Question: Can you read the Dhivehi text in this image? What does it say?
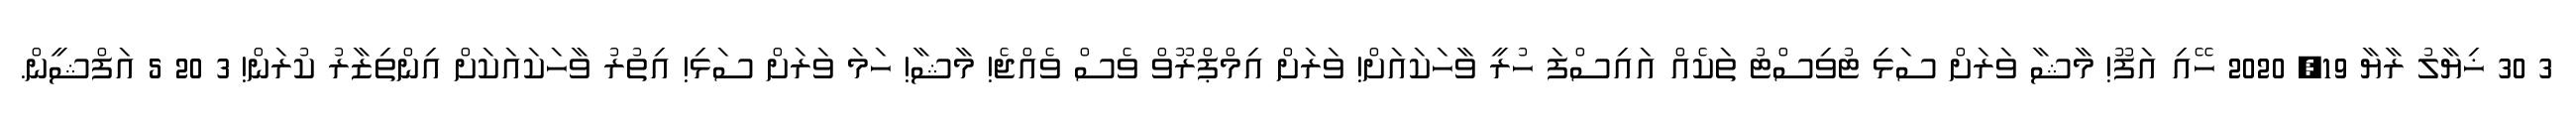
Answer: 3 30 ޚިޔާލު ރާޔާ 19, 2020 ހޭއި އަފޫ! މާޝާ ވަރަށް ސަޅި ޓުވިސްޓު ތަކެއް އައިސްފަ ހުރީ ވާހަކައަށް! ވަރަށް އިމްޕްރޫވް ވެސް ވެއްޖެ! މާޝާ! ހަމަ ވަރަށް ސަޅި! އިތުރު ވާހަކައަކަށް އިންތިޒާރު ކުރަން! 3 20 5 އަފްޝީން.